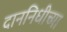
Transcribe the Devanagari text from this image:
दाननिधीच्या